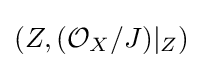
(Z,({\mathcal {O}}_{X}/J)|_{Z})